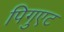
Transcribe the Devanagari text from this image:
पिगुएट